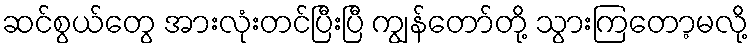
ဆင်စွယ်တွေ အားလုံးတင်ပြီးပြီ ကျွန်တော်တို့ သွားကြတော့မလို့